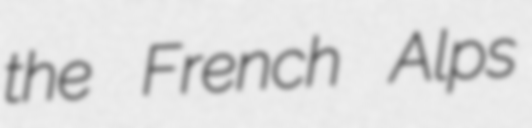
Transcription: the French Alps